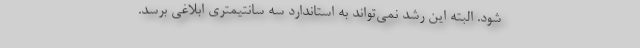
شود. البته این رشد نمی‌تواند به استاندارد سه سانتیمتری ابلاغی برسد.